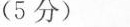
(5分)